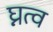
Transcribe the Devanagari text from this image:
घ्नत्व